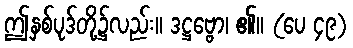
ဤနှစ်ပုဒ်တို့၌လည်း။ ဒဋ္ဌဗ္ဗော၊ ၏။ (ပေ ၄၉)